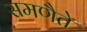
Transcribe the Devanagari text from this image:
समणैते